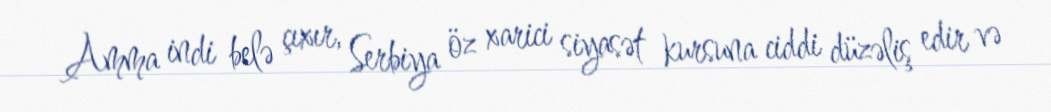
Amma indi belə çıxır, Serbiya öz xarici siyasət kursuna ciddi düzəliş edir və